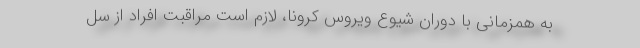
به همزمانی با دوران شیوع ویروس کرونا، لازم است مراقبت افراد از سل